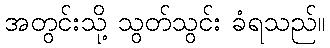
အတွင်းသို့ သွတ်သွင်း ခံရသည်။